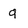
Character: q